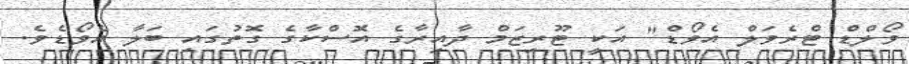
ވޯލްޑް ޓްރެވަލް އެވޯޑް" އަކީ ޓޫރިޒަމް ދާއިރާގެ އޮސްކާގެ ގޮތުގައި ބަލާ އެވޯޑެވެ.